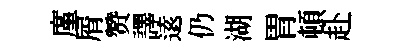
廑屑赞譯逺仍湖胃頓赴